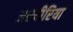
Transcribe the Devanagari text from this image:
अल्मीरिया